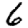
Digit: 6